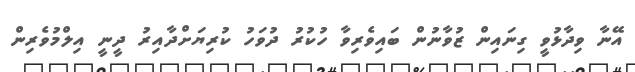
އޭނާ ވިދާޅުވީ ގިނައިން ޒުވާނުން ބައިވެރިވާ ހުކުރު ދުވަހު ކުރިޔަށްދާއިރު ދީނީ އިލްމުވެރިން